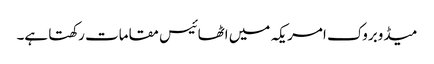
میڈوبروک امریکہ میں اٹھائیس مقامات رکھتا ہے۔